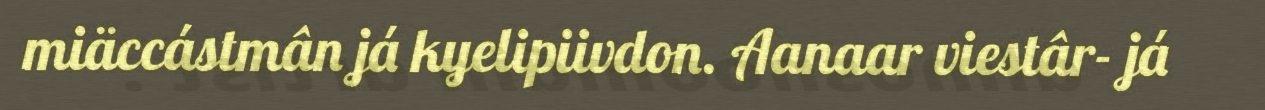
miäccástmân já kyelipiivdon. Aanaar viestâr- já